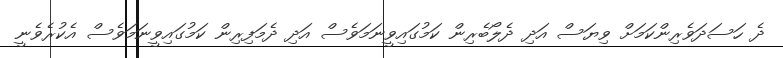
ދެ ހަސަދަވެރިންކަމަށް ވިޔަސް އަދި ދެލޯބެރިން ކަމުގައިވީނަމަވެސް އަދި ދެމަފިރިން ކަމުގައިވީނަމަވެސް އެކުރެވެނީ